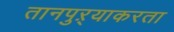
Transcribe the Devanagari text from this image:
तानपुऱ्याकरता